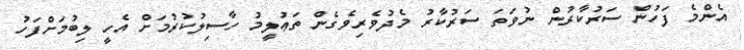
އެންމެ ފަހުން ސަރުކާރުން ނުވަތަ ސަރުކާރު މެދުވެރިވެގެން ތަޢުލީމު ހާސިލުކުރުމަށް އެހީ ލިބުމަށްފަހު